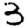
Digit: 3